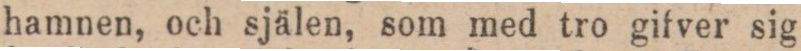
hamnen, och själen, som med tro gifver sig